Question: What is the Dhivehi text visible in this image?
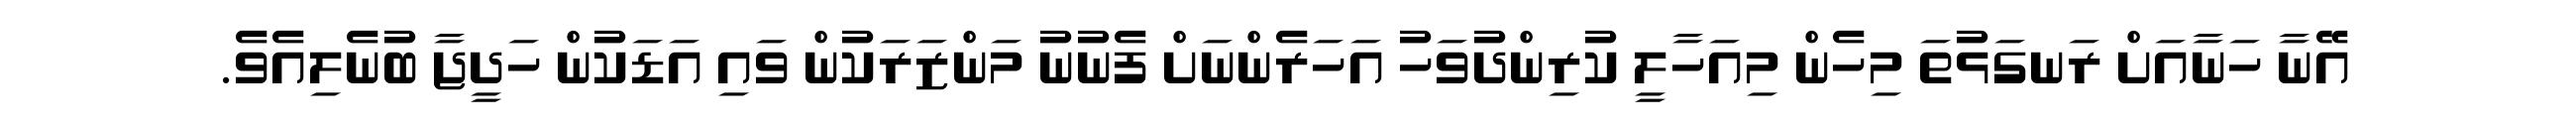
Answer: އޭނާ ހަނާއަށް ރަނގަޅުތަ މިހެން މިއަހާލީ ކުރިންދުވަހު އަހަރެންނަށް ފެނުނު މަންޒަރަކުން ވައި އަޑަކުން ހަދީޖާ ބުނެލިއެވެ.